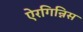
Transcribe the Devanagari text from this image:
ऐरगिन्निस